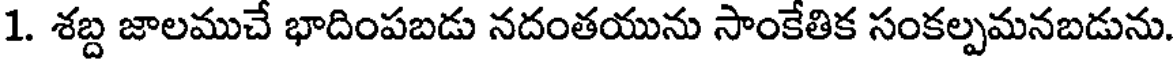
1. శబ్ద జాలముచే భాదింపబడు నదంతయును సాంకేతిక సంకల్పమనబడును.